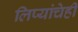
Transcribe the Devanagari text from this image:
लिप्यांचेही